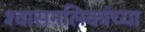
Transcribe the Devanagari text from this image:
श्‍वासनलिकांच्या